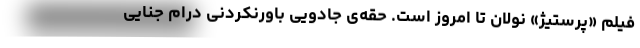
فیلم «پرستیژ» نولان تا امروز است. حقه‌ی جادویی باورنکردنی درام جنایی